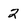
Character: 2